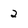
Character: 2